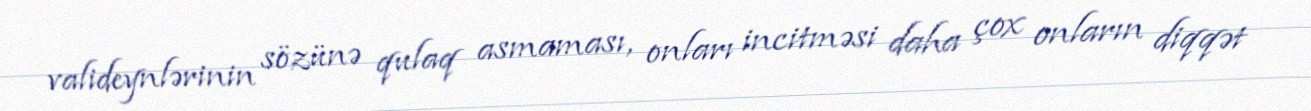
valideynlərinin sözünə qulaq asmaması, onları incitməsi daha çox onların diqqət